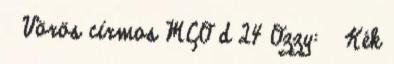
♂ Vörös cirmos MCO d 24 Ozzy: ♂ Kék